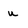
Character: u